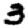
Digit: 3